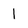
Character: l